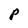
Character: P